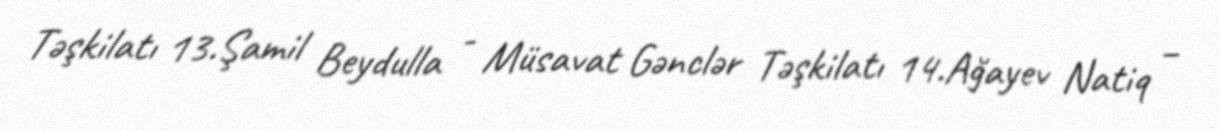
Təşkilatı 13.Şamil Beydulla - Müsavat Gənclər Təşkilatı 14.Ağayev Natiq –